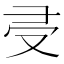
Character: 𠬶